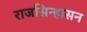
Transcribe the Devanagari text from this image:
राजसिन्हासन